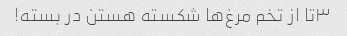
۳تا از تخم مرغ‌ها شکسته هستن در بسته!